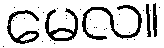
မေလ။